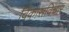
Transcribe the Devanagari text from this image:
विकासविचार